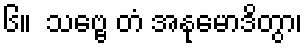
၆။  သဗ္ဗေ တံ အနုမောဒိတွာ၊